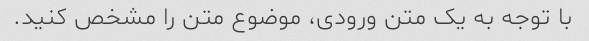
با توجه به یک متن ورودی، موضوع متن را مشخص کنید.